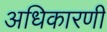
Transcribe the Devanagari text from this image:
अधिकारणी